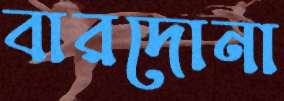
বারদোনা